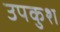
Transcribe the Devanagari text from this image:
उपकुश